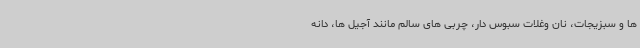
ها و سبزیجات، نان وغلات سبوس دار، چربی های سالم مانند آجیل ها، دانه